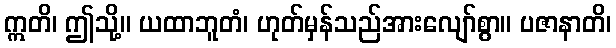
ဣတိ၊ ဤသို့။ ယထာဘူတံ၊ ဟုတ်မှန်သည်အားလျော်စွာ။ ပဇာနာတိ၊